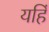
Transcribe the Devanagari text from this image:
यहिं